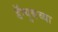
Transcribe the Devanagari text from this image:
डॅन्युबच्या